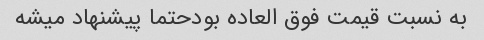
به نسبت قیمت فوق العاده بودحتما پیشنهاد میشه